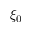
\xi _ { 0 }